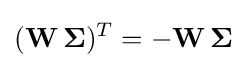
(\mathbf {W} \,\mathbf {\Sigma } )^{T}=-\mathbf {W} \,\mathbf {\Sigma }